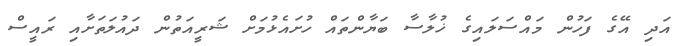
އަދި އޭގެ ފަހުން މައްސަލައިގެ ޚުލާސާ ބަޔާންތައް ހުށައެޅުމަށް ޝަރީއަތުން ދައުލަތަށާއި ރައީސް